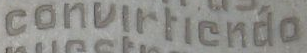
convirlicndo